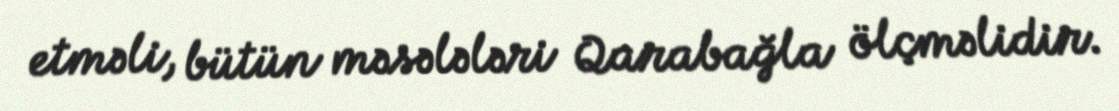
etməli, bütün məsələləri Qarabağla ölçməlidir.